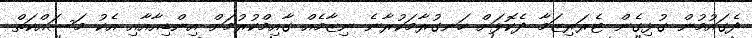
ދެގައުމުން ގުޅިގެން ޓެރަރިޒަމާ ދެކޮޅަށް ހަނގުރާމަކުރާނެ ނިޒާމެއް ގާއިމްކުރުމަށް އިންޑިއާއާއި އެކު މަސައްކަތް